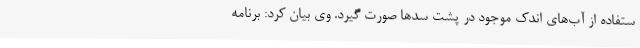
ستفاده از آب‌های اندک موجود در پشت سدها صورت گیرد. وی بیان کرد: برنامه